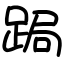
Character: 跼